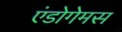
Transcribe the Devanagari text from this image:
एंडोगेमस